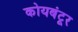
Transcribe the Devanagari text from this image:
कोयबंटूर